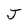
Character: J